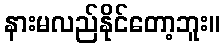
နားမလည်နိုင်တော့ဘူး။